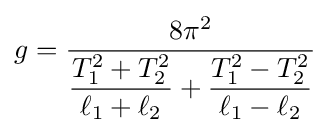
g={\frac {8\pi ^{2}}{{\dfrac {T_{1}^{2}+T_{2}^{2}}{\ell _{1}+\ell _{2}}}+{\dfrac {T_{1}^{2}-T_{2}^{2}}{\ell _{1}-\ell _{2}}}}}